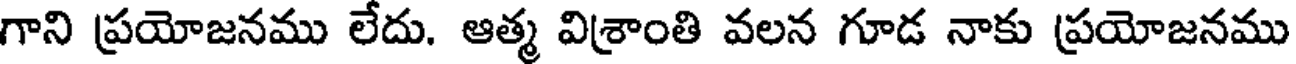
గాని ప్రయోజనము లేదు. ఆత్మ విశ్రాంతి వలన గూడ నాకు ప్రయోజనము